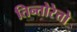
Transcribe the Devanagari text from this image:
तिन्तोरेत्तो